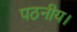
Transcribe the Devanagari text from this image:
पठनीय।